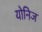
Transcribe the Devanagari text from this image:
योनिज